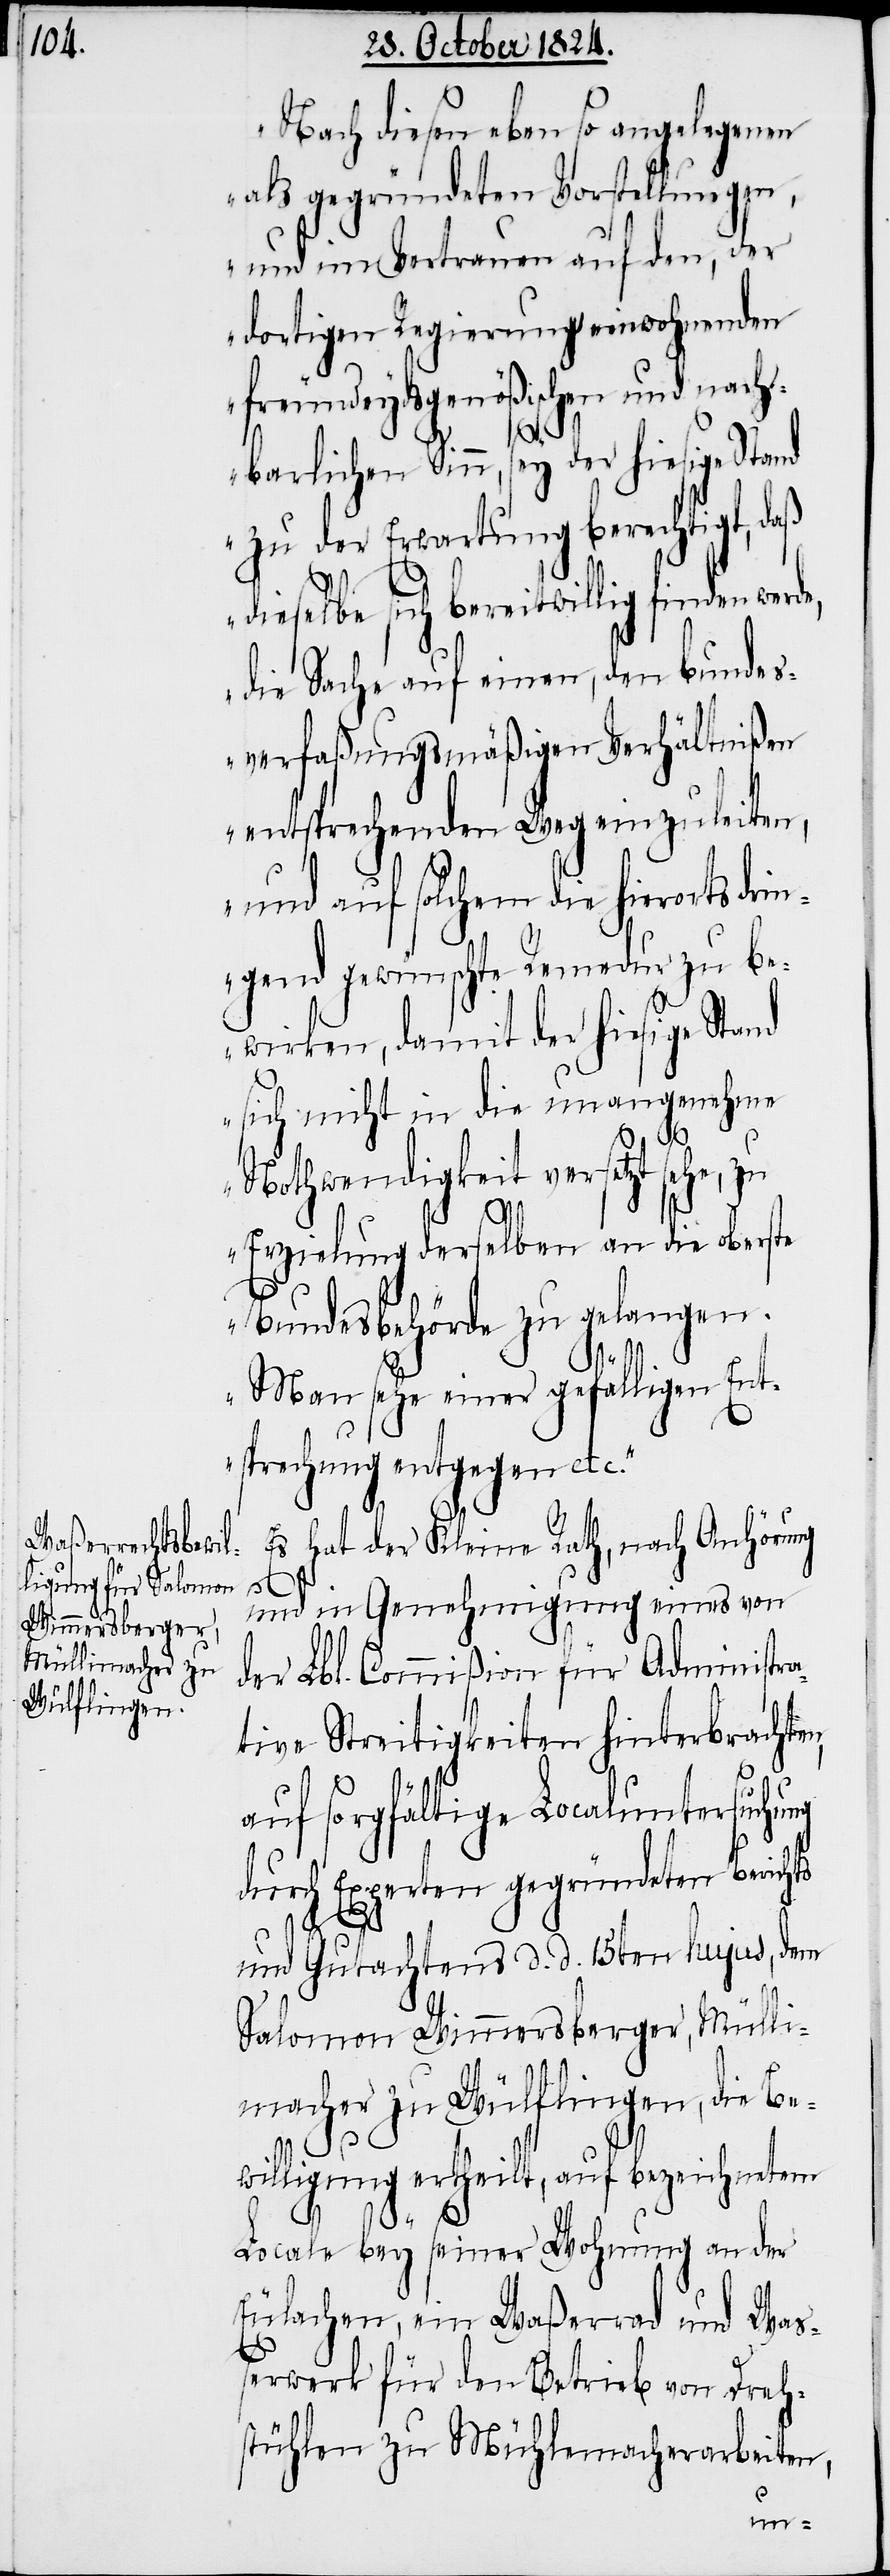
Nach diesen ebenso angelegenen
als gegründeten Vorstellungen,
und im Vertrauen auf den, der
dortigen Regierung einwohnenden
freundeydsgenößischen und nach¬
barlichen Sinn, sey der hiesige Stand
zu der Erwartung berechtigt, daß
dieselbe sich bereitwillig finden werd¬
die Sache auf einen, den bundes¬
verfaßungsmäßigen Verhältnißen
entsprechenden Weg einzuleiten,
und auf solchem die hierorts drin¬
gend gewünschte Remedur zu be¬
wirken, damit der hiesige Stand
sich nicht in die unangenehme
Nothwendigkeit versetzt sehe, zu
Erzielung derselben an die oberste
Bundesbehörde zu gelangen.
Man sehe einer gefälligen Ent¬
sprechung entgegen etc.“
Es hat der Kleine Rath, nach Anhörung
und in Genehmigung eines von
der Lbl. Commißion für Administra¬
tive Streitigkeiten hinterbrachten,
auf sorgfältige Localuntersuchung
durch Experten gegründeten Berichts
e,
und Gutachtens d. d. 15ten hujus, dem
Salomon Wimmersberger, Mülli¬
macher zu Wülflingen, die Be¬
willigung ertheilt, auf bezeichnetem
Locale bey seiner Wohnung an der
Eulachen, ein Waßerrad und Wa¬
ßerwerk für den Betrieb von Dreh¬
stühlen zu Mühlemacherarbeiten,